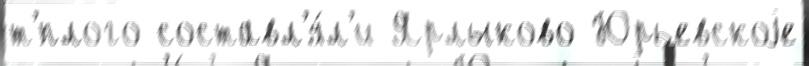
т'́плого составл'я́л'и Ярлыково Юрьевскоjе